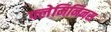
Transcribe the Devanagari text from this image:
फ्लेमिनिनस